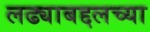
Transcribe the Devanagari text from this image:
लढ्याबद्दलच्या